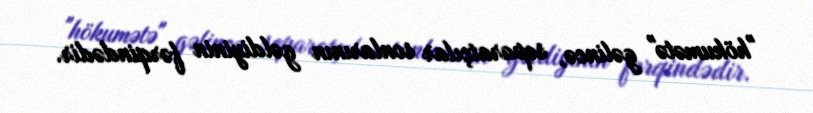
"hökumətə" gəlincə, separatçılar sonlarının gəldiyinin fərqindədir.